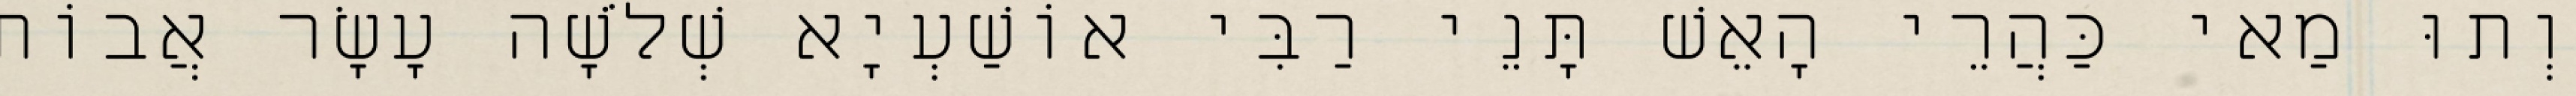
וְתוּ מַאי כַּהֲרֵי הָאֵשׁ תָּנֵי רַבִּי אוֹשַׁעְיָא שְׁלֹשָׁה עָשָׂר אֲבוֹת